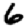
Digit: 6